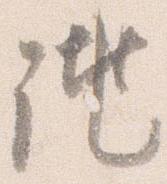
誂